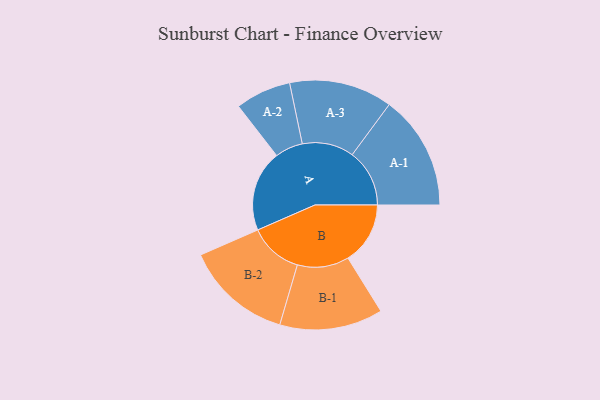
{"axis": {"x": "Segment", "y": "Value"}, "legend": ["", "A", "B"], "data": [{"x": "A", "y": 413, "type": ""}, {"x": "B", "y": 317, "type": ""}, {"x": "A-1", "y": 292, "type": "A"}, {"x": "A-2", "y": 142, "type": "A"}, {"x": "A-3", "y": 263, "type": "A"}, {"x": "B-1", "y": 263, "type": "B"}, {"x": "B-2", "y": 273, "type": "B"}]}